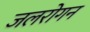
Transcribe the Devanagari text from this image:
जलरोगन